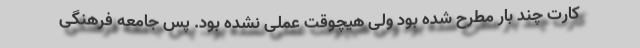
کارت چند بار مطرح شده بود ولی هیچوقت عملی نشده بود. پس جامعه فرهنگی